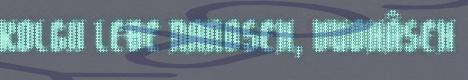
KOLGII LEĐE NANOSEH, VUOHÂSEH